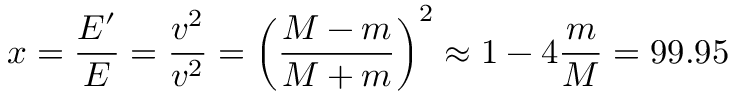
x = \frac { E ^ { \prime } } { E } = \frac { v ^ { 2 } } { v ^ { 2 } } = \left( \frac { M - m } { M + m } \right) ^ { 2 } \approx 1 - 4 \frac { m } { M } = 9 9 . 9 5 \